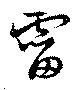
霤